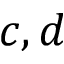
c , d